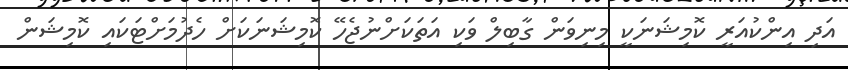
އަދި އިންކުއަރީ ކޮމިޝަނަކީ މިނިވަން ގާބިލް ވަކި އަތަކަށްނުޖެހޭ ކޮމިޝަނަކަށް ހެދުމަށްޓަކައި ކޮމިޝަން